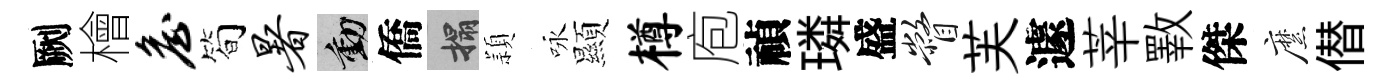
劂檜詹简暑動僑搨頴咏顯樽庖禎璘盛瞥芙遽莘斁傑縻僣